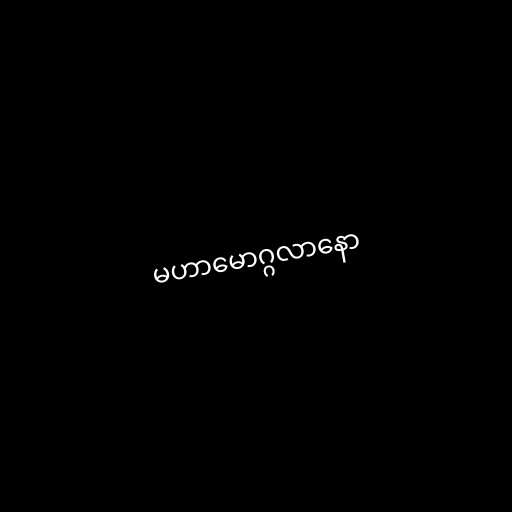
မဟာမောဂ္ဂလာနော